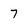
Character: 7